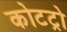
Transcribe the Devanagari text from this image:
कोटट्रो